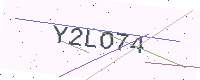
Text: Y2LO74